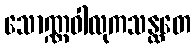
သောဏ္ဏဝါလုကသန္ထတေ